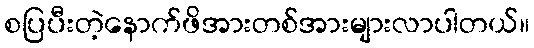
စပြပီးတဲ့နောက်ဖိအားတစ်အားများလာပါတယ်။